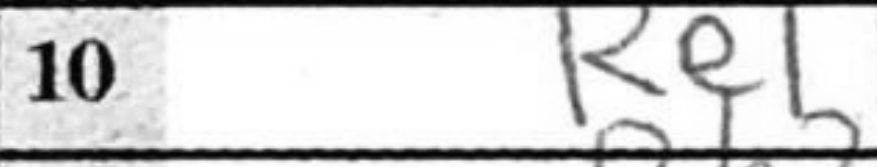
Transcription: Re1